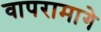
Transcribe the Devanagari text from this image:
वापरामागे